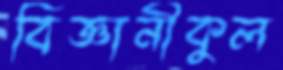
বিজ্ঞানীকুল